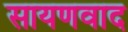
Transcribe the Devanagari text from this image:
सायणवाद